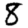
Digit: 8